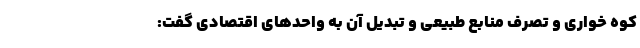
کوه خواری و تصرف منابع طبیعی و تبدیل آن به واحد‌های اقتصادی گفت: